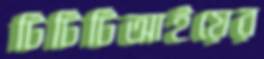
টিটিটিআইয়ের